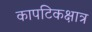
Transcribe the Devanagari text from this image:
कापटिकक्षात्र